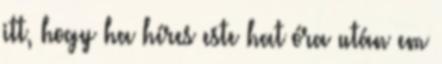
itt, hogy ha híres este hat óra után em